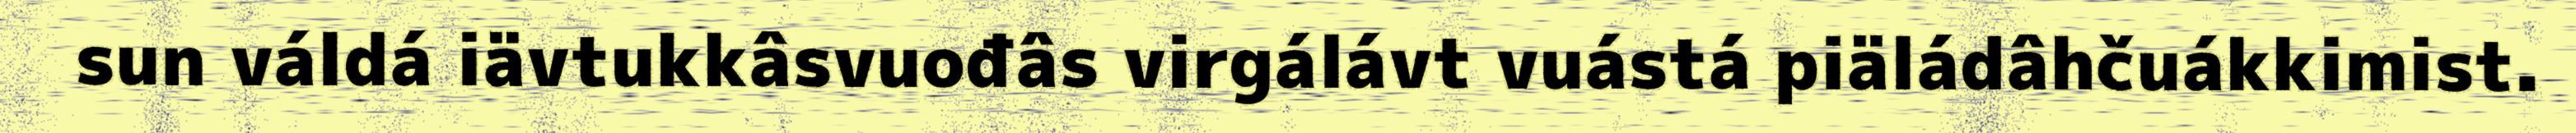
sun váldá iävtukkâsvuođâs virgálávt vuástá piäládâhčuákkimist.